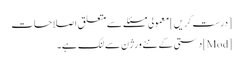
[درست کریں] معمولی مسئلے سے متعلق اصلاحات
[Mod] دستی کے نئے ورژن سے لنک ہے۔